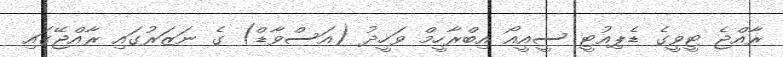
ރާއްޖެ ޓީވީގެ ޑެޕިއުޓީ ސީއީއޯ އިބްރާހީމް ވަހީދު (އަސްވާޑް) ގެ ނަޒަރުގައި ރާއްޖޭގައި